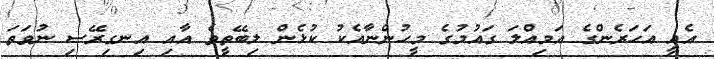
އެއީ އަހަރެންގެ އަމިއްލަ ގައުމުގެ މީހުންނާއެކު ކުޅެން ލިބޭތީވެ އާއި އިނގިރޭސި ނުވަތަ